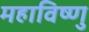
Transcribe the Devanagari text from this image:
महाविष्‍णु